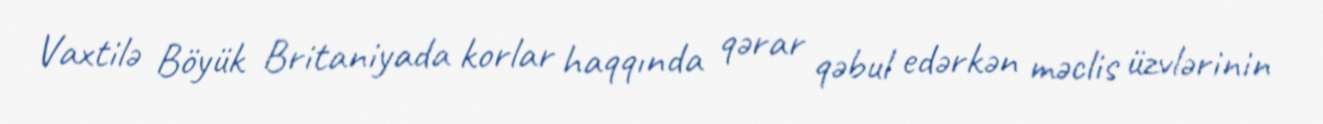
Vaxtilə Böyük Britaniyada korlar haqqında qərar qəbul edərkən məclis üzvlərinin